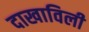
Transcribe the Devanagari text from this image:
दाखाविली